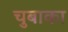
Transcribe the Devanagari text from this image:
चुबाका